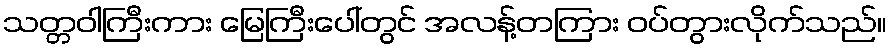
သတ္တဝါကြီးကား မြေကြီးပေါ်တွင် အလန့်တကြား ဝပ်တွားလိုက်သည်။